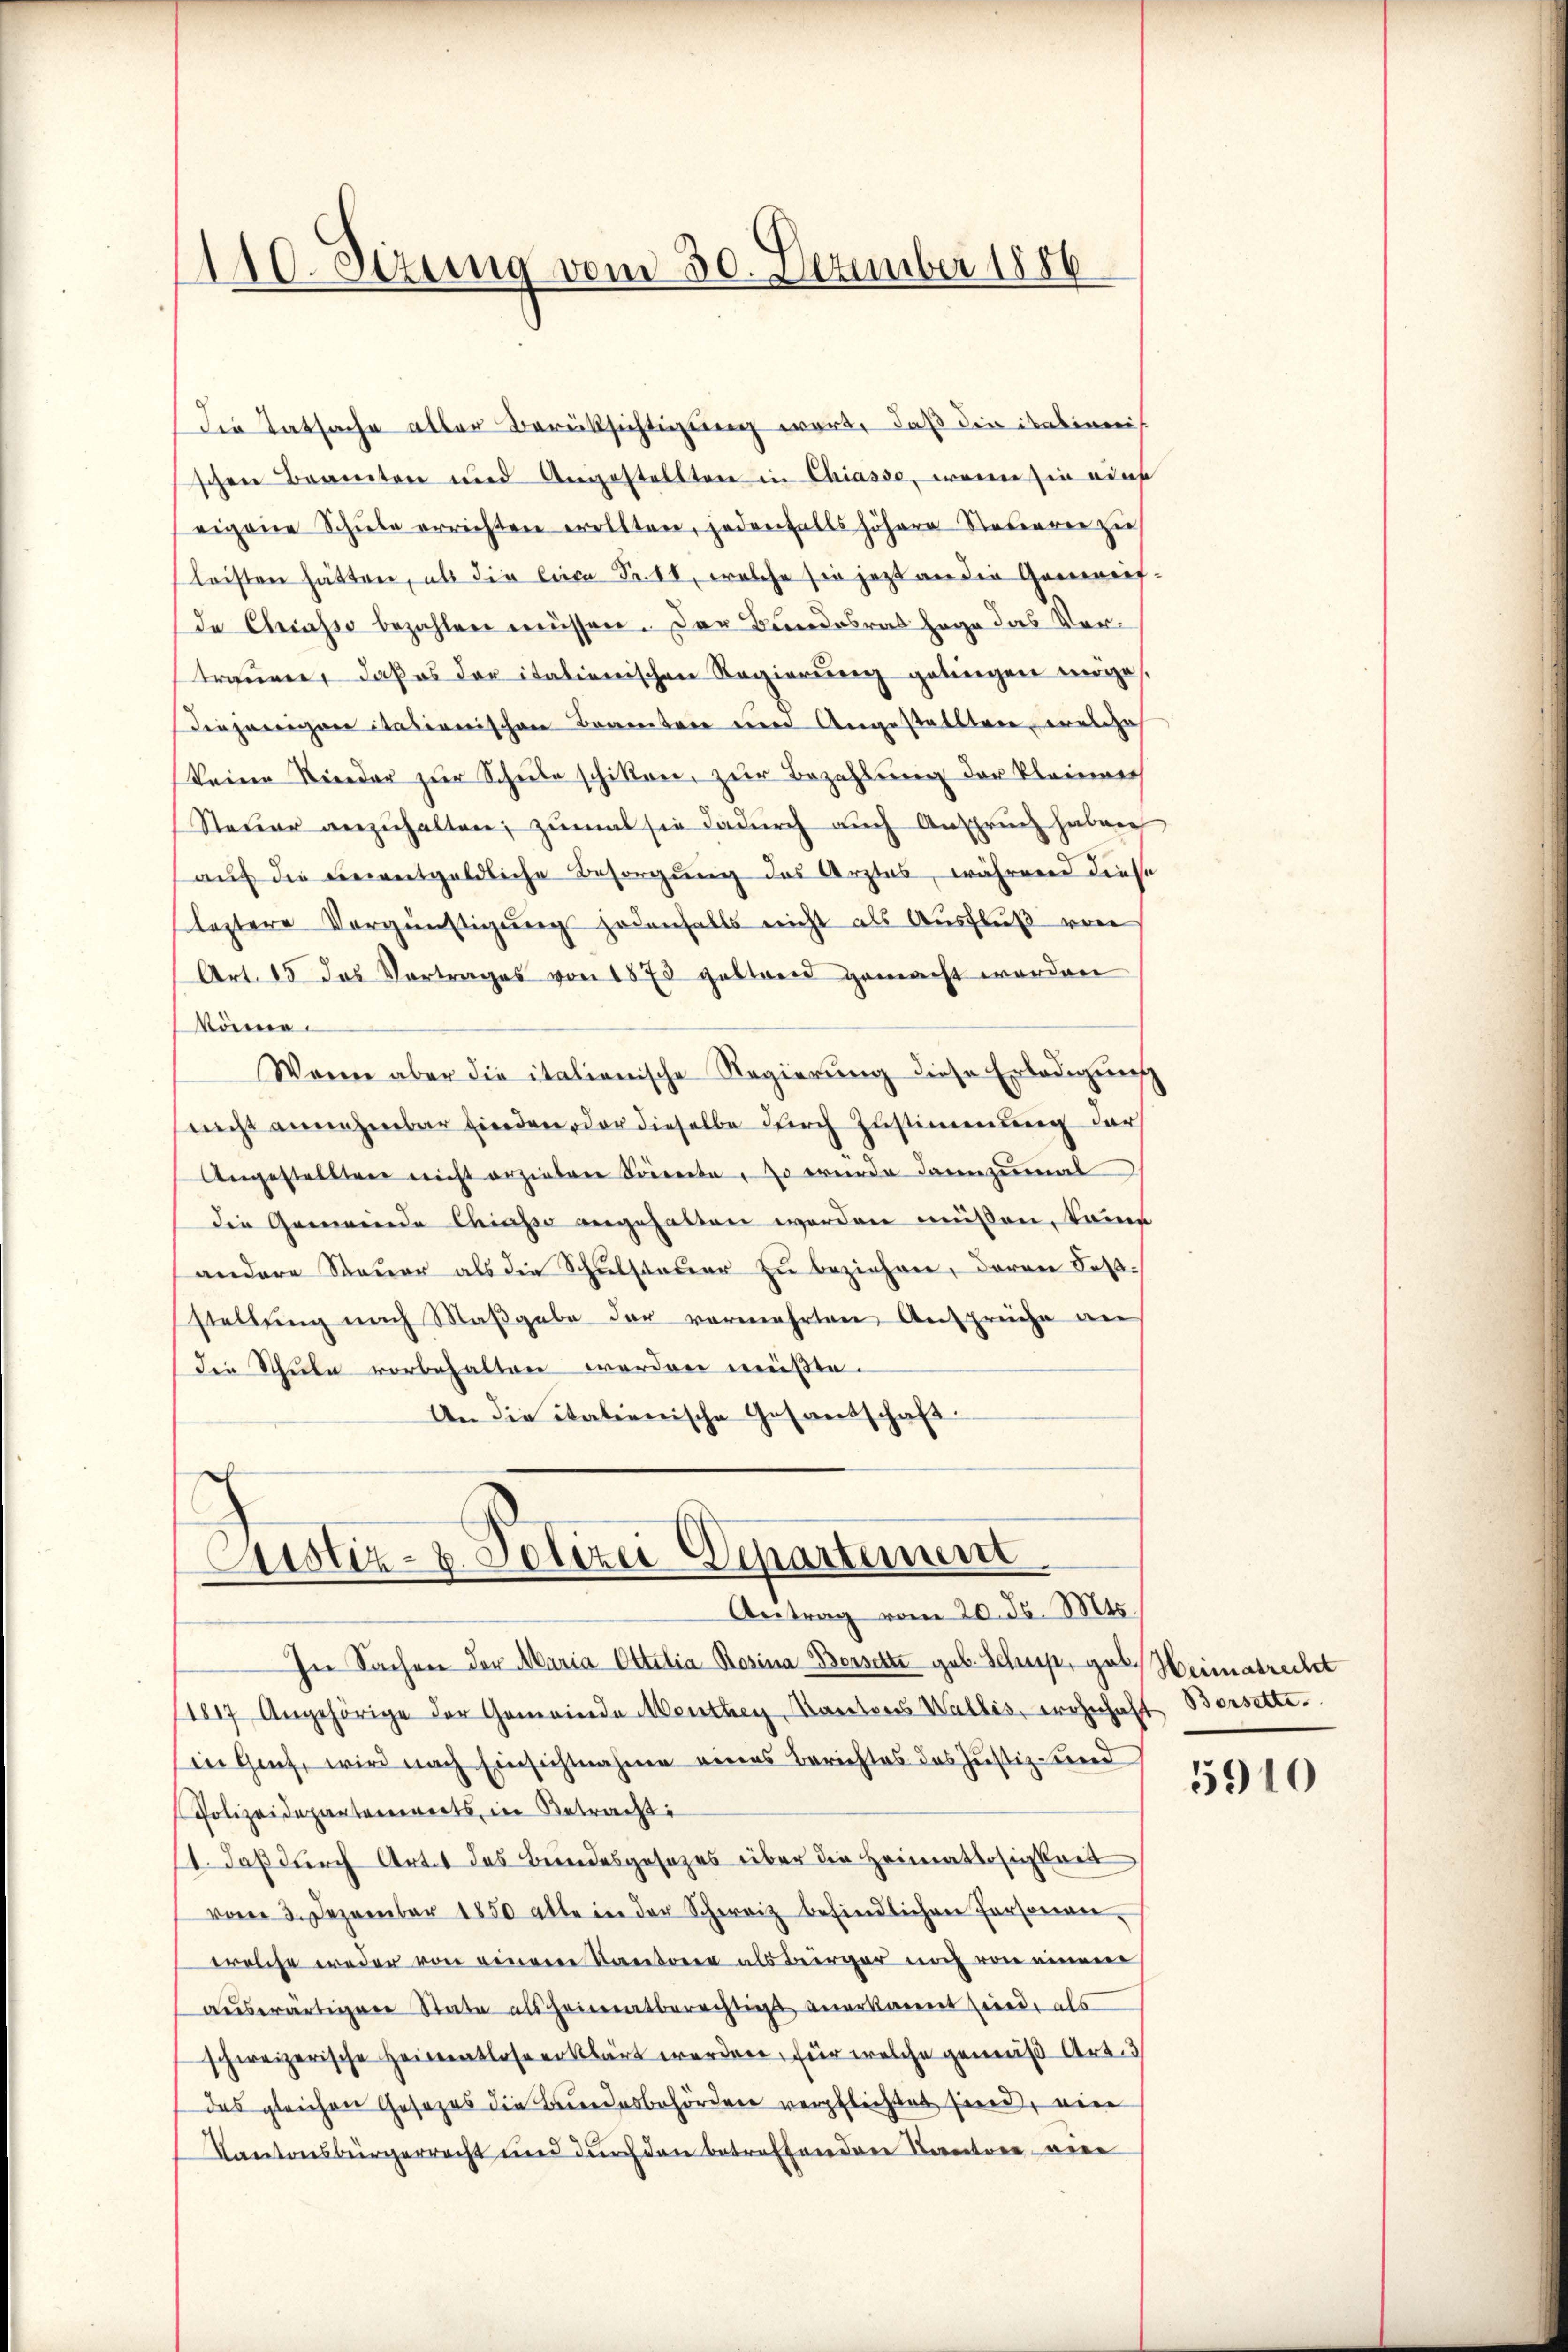
die Tatsache aller Berücksichtigung word, daß die italinis
schen Beamten und Angestellten in Chiasso, wenn sie auf
eigene Schŭle errichten wollten, jedenfalls höhere Steuerer zu
leisten hätten, als die Circa Fr. 18, welche sie jetzt an die Gemeifde Chiasso bezahlen müssen. Der Bundesrat sage das Vertrauen, daß es der italienischen Regierung gelingen möge.
Diejenigen italienischen Beamten und Angestallten, welches
(keine Nieder zur Schule schikon, zur Bezahlung der kleiner
Steŭer anzŭhalten; zumal sie dadurch auch Anspruch haben
(auf die Benentgeldliche Besorgung des Arztes, während diese
leztere Vergünstigung jedenfalls nicht als Ausfluß von
Art. 15 das Vortrages von 1873 gestand gemacht worden
könne.
Wann aber die italienische Regierung diese Erledigung
nicht annehmbar finden oder dieselbe durch Zustimmung der
Angestellter nicht erziehere Sonnerte, so wurde dannzumal
die Gemeinde Chiasso angehalten werden müßen, kamme
andere Steŭer als die Schŭlsteuer zŭ beziehen, deren Fasstellung nach Maßgabe der vermehrten Ansprüche an
die Schule vorbehalten worden müßte.
An die italienische Gesandschaft.

110. Sezung vom 30. Dezember 1886.

C
Justiz- u. Polizei Departement
Antrag vom 20. ds. Mts.

In Sachen der Maria Ottilia Rosina Borsette geb. Schup, gab. Heimatrecht
1817 Angehörige der Gemeinde Menthey, Kantons Wallis, wohnhaft Bersette
in Genf, wird nach Einsichtnahme eines Berichtes des Justiz und
Polizeidepartenwerts, in Betracht
11. daß durch Art. 1 des Beindesgesezes über die Heimatlosigkeit
vom 3. Dezember 1850 alle in der Schweiz befindlichen Personenwelche weder von einere Kantone als Bürger noch von einem
aŭswärtigere State als heimatberechtigt anerkannt sind, als
schweizerische Heimatlose erklärt werden, für welche gemäß Art. 3
das gleichen Gesezes die Bundesbehördere verpflichtet sind, eine
Kantonsbürgerrecht und durch den betreffendere Cantone vere

5910